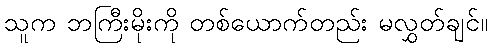
သူက ဘကြီးမိုးကို တစ်ယောက်တည်း မလွှတ်ချင်။